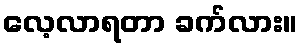
လေ့လာရတာ ခက်လား။